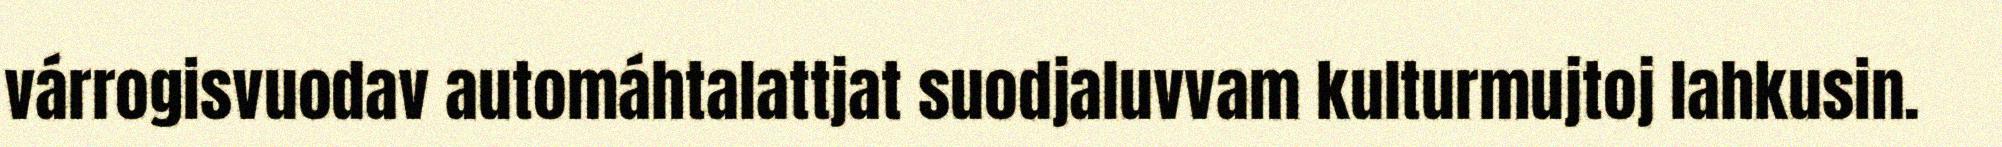
várrogisvuodav automáhtalattjat suodjaluvvam kulturmujtoj lahkusin.